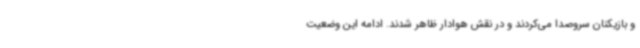
و بازیکنان سروصدا می‌کردند و در نقش هوادار ظاهر شدند. ادامه این وضعیت